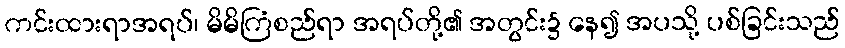
ကင်းထားရာအရပ်၊ မိမိကြံစည်ရာ အရပ်တို့၏ အတွင်း၌ နေ၍ အပသို့ ပစ်ခြင်းသည်